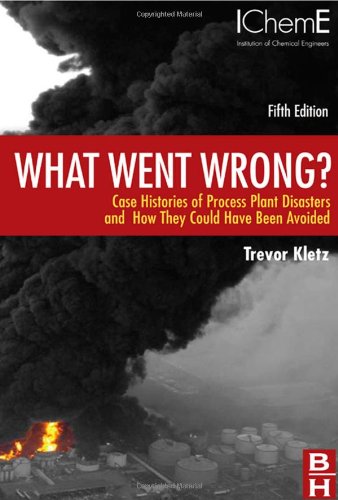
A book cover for What Went Wrong?, Fifth Edition: Case Histories of Process Plant Disasters and How They Could Have Been Avoided (Butterworth-Heinemann/IChemE); Trevor Kletz; Science & Math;